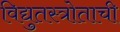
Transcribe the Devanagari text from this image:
विद्युतस्त्रोताची